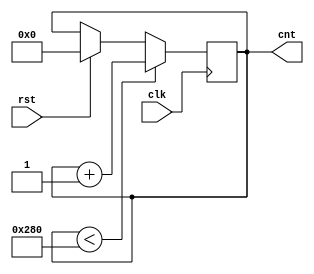
module waddr_gen(input rst, clk, output reg [9:0]cnt);
	always @(posedge clk)//ATTENTION!!!!!
		//cnt <= (~rst && cnt < 640) ? cnt + 1 : rst ? 0 : cnt;
		cnt <= (cnt < 640) ? cnt + 1 : rst ? 0 : cnt;
endmodule